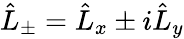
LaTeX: \hat{L}_{\pm}=\hat{L}_{x}\pm i\hat{L}_{y}